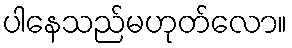
ပါနေသည်မဟုတ်လော။